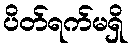
ပိတ်ရက်မရှိ